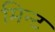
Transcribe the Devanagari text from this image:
मिन्‍ट